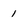
Character: 1